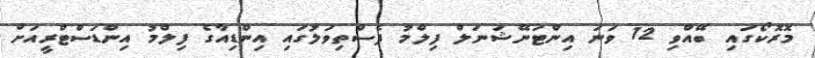
މޮރޮކޯގައި ބޭއްވި 12 ވަނަ އިންޓަނޭޝަނަލް ފިލްމު ފެސްތިވަލުގައި އިންޑިއާގެ ފިލްމު އިންޑަސްޓްރީއަށް